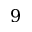
9